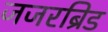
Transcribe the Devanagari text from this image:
जिंजरब्रिड